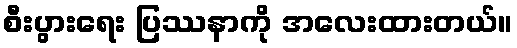
စီးပွားရေး ပြဿနာကို အလေးထားတယ်။